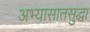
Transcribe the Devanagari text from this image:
अभ्यासातसुद्धा